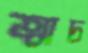
ত্বাচ